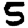
Digit: 5